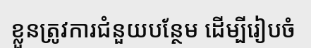
ខ្លួនត្រូវការជំនួយបន្ថែម ដើម្បីរៀបចំ